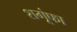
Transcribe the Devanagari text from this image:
शगूंफा